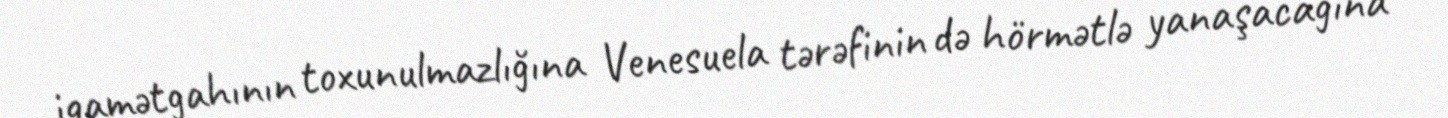
iqamətgahının toxunulmazlığına Venesuela tərəfinin də hörmətlə yanaşacağına